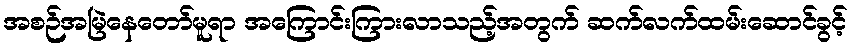
အစဉ်အမြဲနေတော်မူရာ အကြောင်းကြားလာသည့်အတွက် ဆက်လက်ထမ်းဆောင်ခွင့်